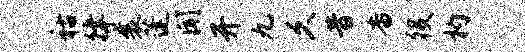
祜律襄蓬闻开九久昔杳役杓